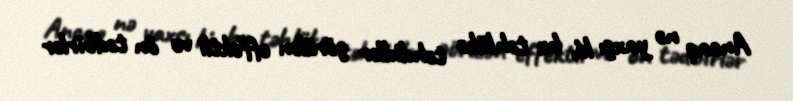
Ancaq nə yaxşı ki, bu təhlükə təhdidlər görülən effektli və ön tədbirlər